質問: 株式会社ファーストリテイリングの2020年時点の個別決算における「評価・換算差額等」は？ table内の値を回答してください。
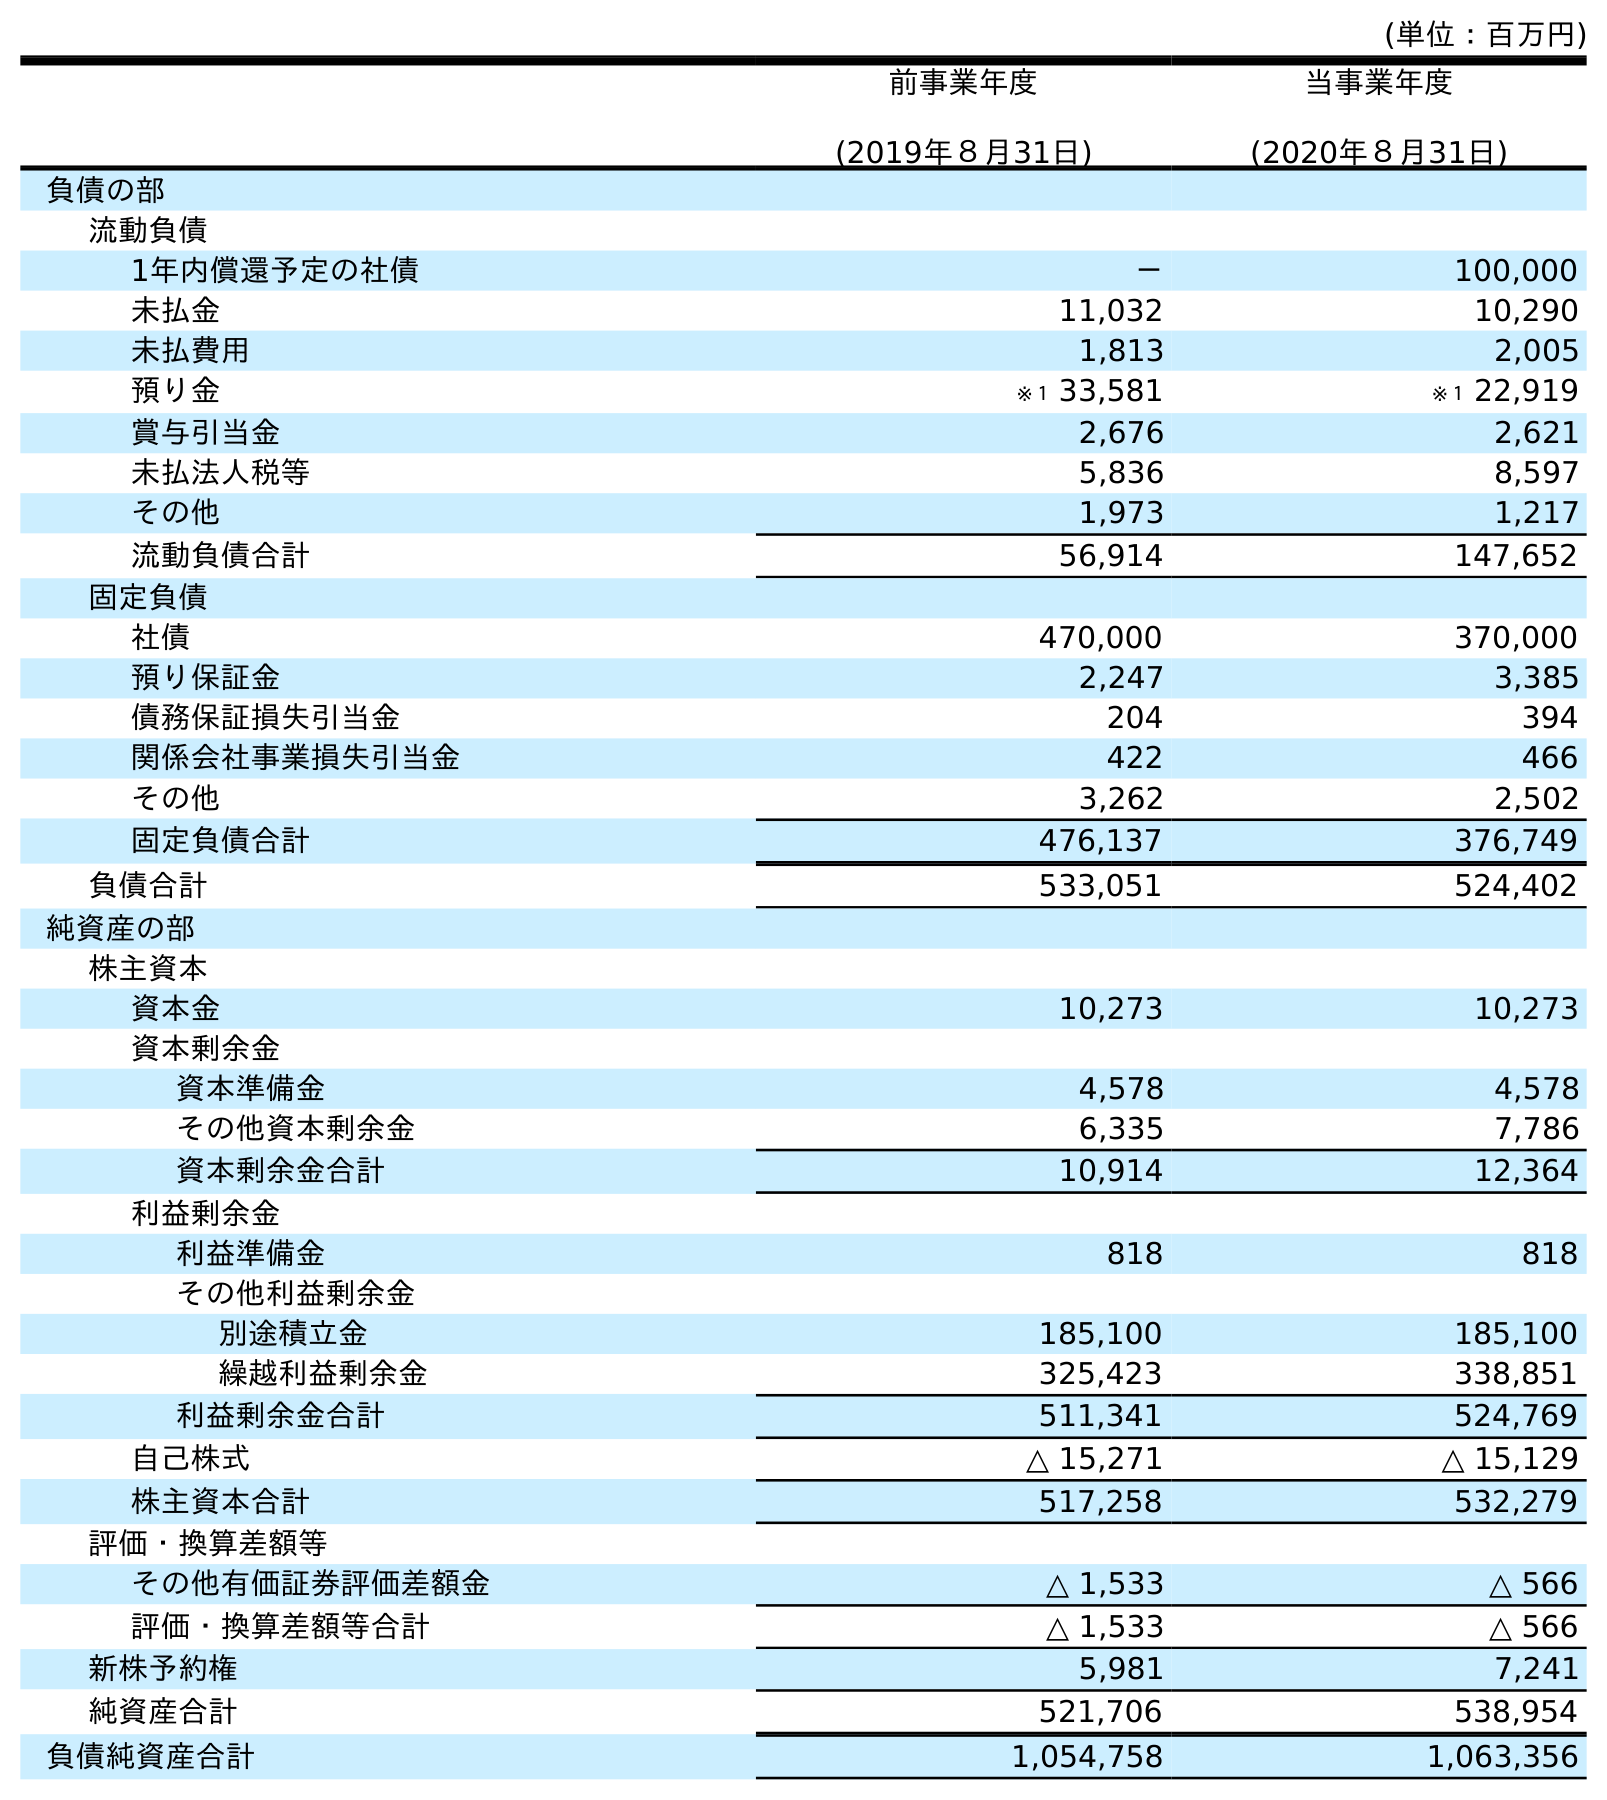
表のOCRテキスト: (単位：百万円) 前事業年度 (2019年８月31日) 当事業年度 (2020年８月31日) 負債の部 流動負債 1年内償還予定の社債 － 100,000 未払金 11,032 10,290 未払費用 1,813 2,005 預り金 ※１ 33,581 ※１ 22,919 賞与引当金 2,676 2,621 未払法人税等 5,836 8,597 その他 1,973 1,217 流動負債合計 56,914 147,652 固定負債 社債 470,000 370,000 預り保証金 2,247 3,385 債務保証損失引当金 204 394 関係会社事業損失引当金 422 466 その他 3,262 2,502 固定負債合計 476,137 376,749 負債合計 533,051 524,402 純資産の部 株主資本 資本金 10,273 10,273 資本剰余金 資本準備金 4,578 4,578 その他資本剰余金 6,335 7,786 資本剰余金合計 10,914 12,364 利益剰余金 利益準備金 818 818 その他利益剰余金 別途積立金 185,100 185,100 繰越利益剰余金 325,423 338,851 利益剰余金合計 511,341 524,769 自己株式 △ 15,271 △ 15,129 株主資本合計 517,258 532,279 評価・換算差額等 その他有価証券評価差額金 △ 1,533 △ 566 評価・換算差額等合計 △ 1,533 △ 566 新株予約権 5,981 7,241 純資産合計 521,706 538,954 負債純資産合計 1,054,758 1,063,356
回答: △566